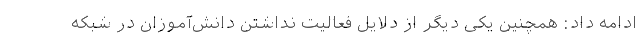
ادامه داد: همچنین یکی دیگر از دلایل فعالیت نداشتن دانش‌آموزان در شبکه